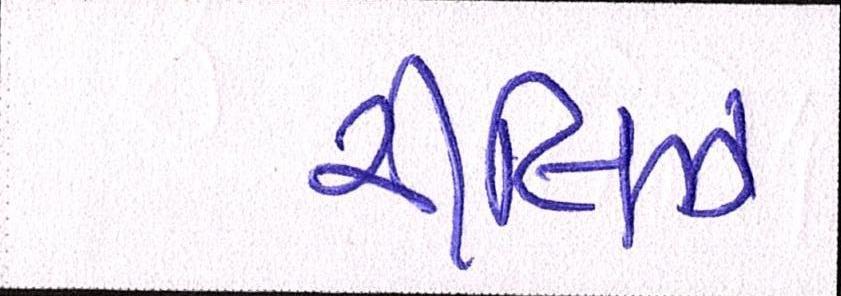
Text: રીલિઝ